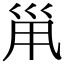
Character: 𡿳